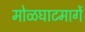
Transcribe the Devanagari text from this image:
मोळघाटमार्गे